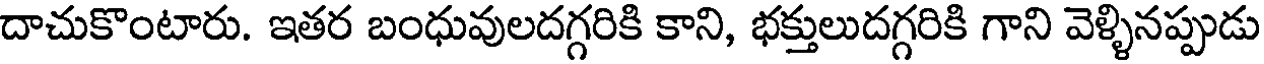
దాచుకొంటారు. ఇతర బంధువులదగ్గరికి కాని, భక్తులుదగ్గరికి గాని వెళ్ళినప్పుడు